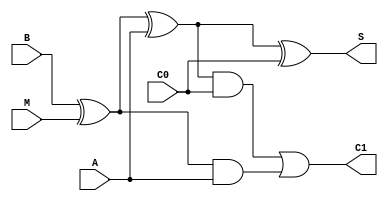
`timescale 1ns / 1ps
//////////////////////////////////////////////////////////////////////////////////
// Company: 
// Engineer: 
// 
// Design Name: 
// Module Name:    adder 
// Project Name: 
// Target Devices: 
// Tool versions: 
// Description: 
//
// Dependencies: 
//
// Revision: 
// Revision 0.01 - File Created
// Additional Comments: 
//
//////////////////////////////////////////////////////////////////////////////////
module adder(A, B, C1, S, C0, M);
output C1, S;
input A, B, C0, M;

assign S=(((B^M)^A)^C0);
assign C1= (((B^M)^A) & C0) | ((B^M) & A);


endmodule